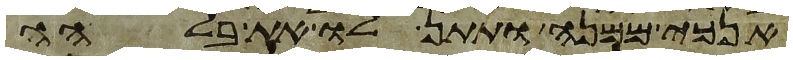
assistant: אנכי ממנה ותתן לו את בלהה